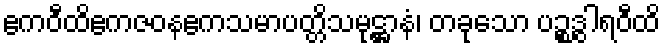
ဧကဝီထိဧကဇဝနဧကသမာပတ္တိသမုဋ္ဌာနံ၊ တခုသော ပဉ္စဒွါရဝီထိ